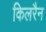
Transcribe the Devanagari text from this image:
किलरैन